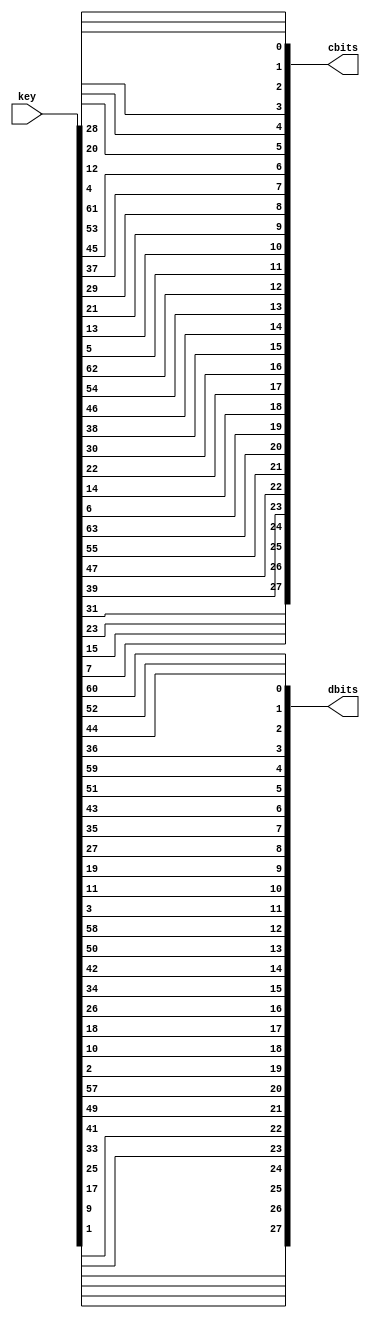

module PC1
(
 input [0:63] key,
 output [0:27] cbits,
 output [0:27] dbits
);

assign cbits[0]  = key[56];
assign cbits[1]  = key[48];
assign cbits[2]  = key[40];
assign cbits[3]  = key[32];
assign cbits[4]  = key[24];
assign cbits[5]  = key[16];
assign cbits[6]  = key[8];
assign cbits[7]  = key[0];
assign cbits[8]  = key[57];
assign cbits[9]  = key[49];
assign cbits[10] = key[41];
assign cbits[11] = key[33];
assign cbits[12] = key[25];
assign cbits[13] = key[17];
assign cbits[14] = key[9];
assign cbits[15] = key[1];
assign cbits[16] = key[58];
assign cbits[17] = key[50];
assign cbits[18] = key[42];
assign cbits[19] = key[34];
assign cbits[20] = key[26];
assign cbits[21] = key[18];
assign cbits[22] = key[10];
assign cbits[23] = key[2];
assign cbits[24] = key[59];
assign cbits[25] = key[51];
assign cbits[26] = key[43];
assign cbits[27] = key[35];


assign dbits[0]  = key[62];
assign dbits[1]  = key[54];
assign dbits[2]  = key[46];
assign dbits[3]  = key[38];
assign dbits[4]  = key[30];
assign dbits[5]  = key[22];
assign dbits[6]  = key[14];
assign dbits[7]  = key[6];
assign dbits[8]  = key[61];
assign dbits[9]  = key[53];
assign dbits[10] = key[45];
assign dbits[11] = key[37];
assign dbits[12] = key[29];
assign dbits[13] = key[21];
assign dbits[14] = key[13];
assign dbits[15] = key[5];
assign dbits[16] = key[60];
assign dbits[17] = key[52];
assign dbits[18] = key[44];
assign dbits[19] = key[36];
assign dbits[20] = key[28];
assign dbits[21] = key[20];
assign dbits[22] = key[12];
assign dbits[23] = key[4];
assign dbits[24] = key[27];
assign dbits[25] = key[19];
assign dbits[26] = key[11];
assign dbits[27] = key[3];

endmodule